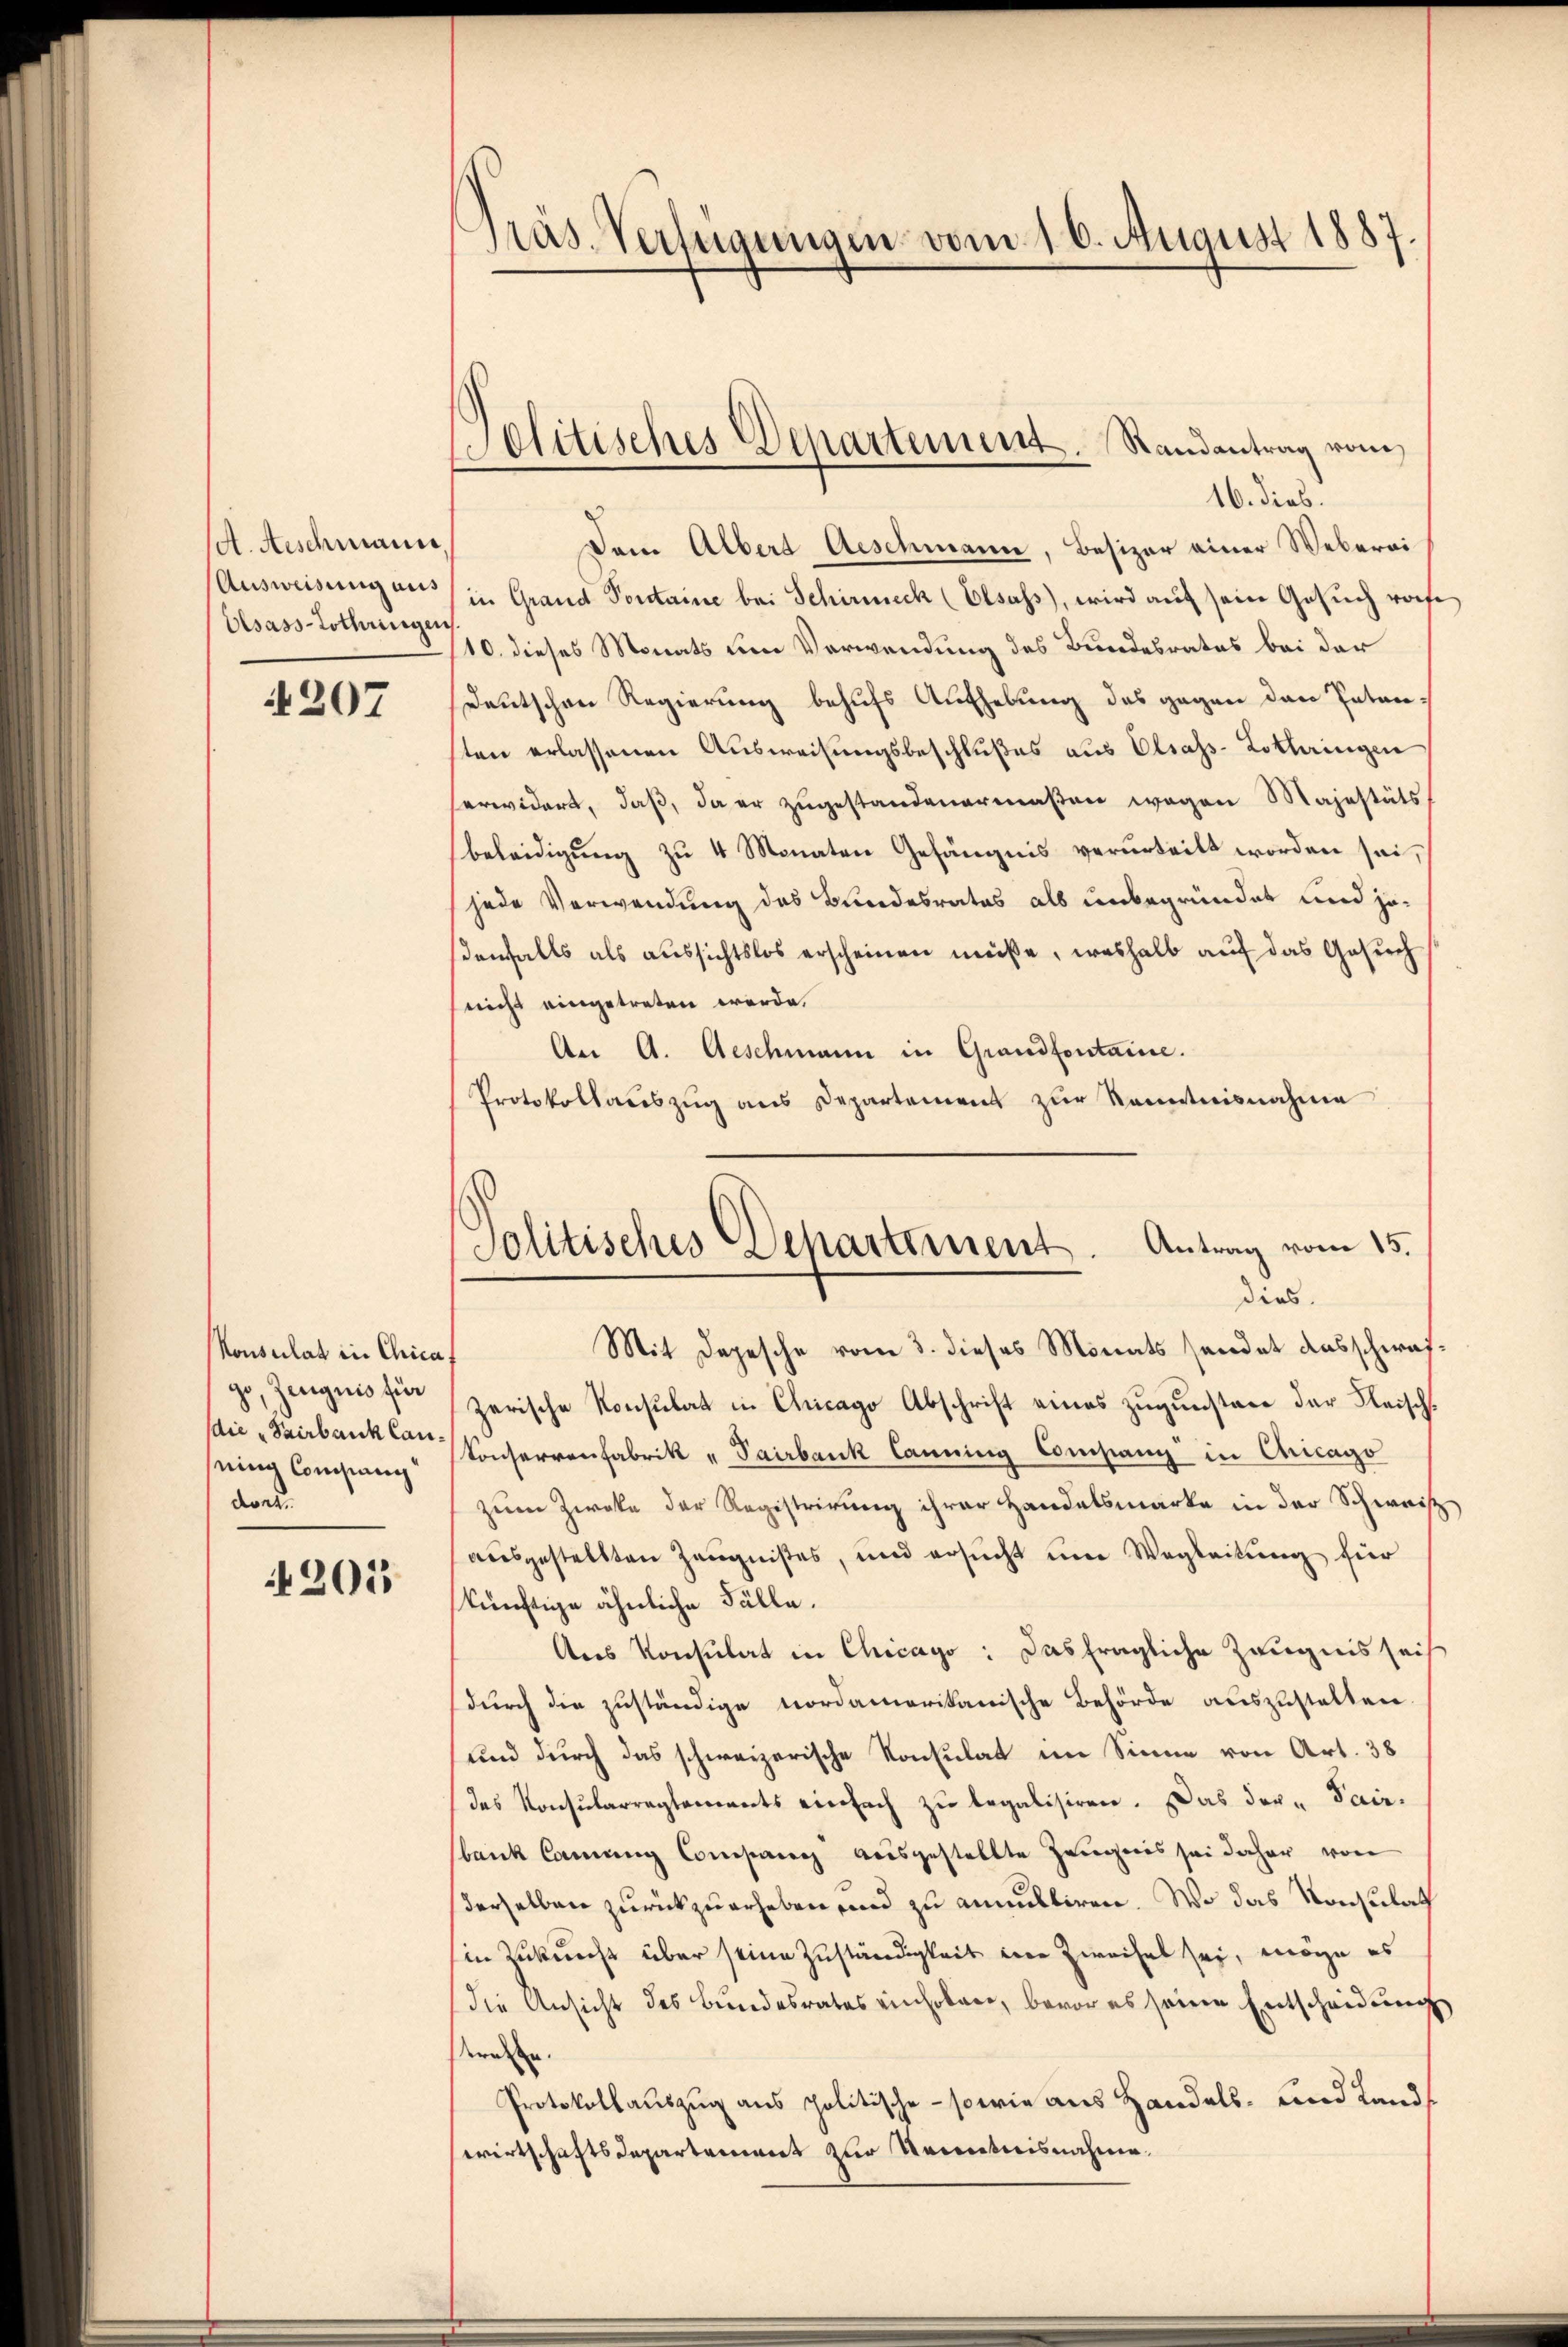
/d. Aeschmann,
Ausweisung aus
Elsass-Lothringen

207

Konsulat in Chica
go, Zeugnis für
die „Sairbank laueine Compang
deans

201

Präs. Verfügungen vom 16. August 1887.

Oitisches Departement. Randantrag vom

16. dies
Dem Albert Aeschmann, Besizer einer Weberei
in Grand Pontaine bei Schirmeck (Elsass, wird auf sein Gesuch rohe
10. dieses Monats um Verwendung des Bundesrates bei der
Deutschen Regierung behufs Aufhebung des gegen den Patenten erlassenen Ausweisungsbeschlußes aus Elsass-Lothringen
erwidert, daß, da er zugestandenermaßen wegen Majestäts
beleidigung zu 4 Monaten Gefängnis verurteilt worden sei,
jede Verwendung des Bundesrates als unbegründet und jedenfalls als aussichtslos erscheinen müsse, weshalb auf das Gesuch
nicht eingetreten werde.
An A. Geschmann in Grandfontaine.
Protokollaŭszŭg ans Departement zŭr Kenntnisnahme
Mit Depesche vom 3. dieses Monats sendet ausschwaf-
zerische Konsulat in Chicago Abschrift eines zugunstere der Fleisch¬
Konserrenfabrik „Pairbank Canning Company in Chicago
zum Zweke der Registrirung ihrer Handelsmarke in der Schweis
aŭsgestellten Zeŭgnißes, und ersŭcht ŭm Wegleitŭng für
künftige ähnliche Fälle.
Ans Konsulat in Chicago: Das fragliche Zeugnis seit
durch die zuständige nordamerikanische Behörde auszustatten.
und durch das schweizerische Konsulat im Sinne von Art. 38
das Konsularregtements einfach zu legalisiren. Das der-Pairbank Commung Company ausgestellte Zeugnis sei daher von
derselben zurückzuerheben und zu annulliren. Wo das Konsulat
in Zukunft über seine Zuständigkeit eine Zweifel sei, möge es
die Ansicht des Bundesrates einholen, bevor es seine Entscheidŭng
eraden.
Protokollauszug aus politische - sowie aus Handels- und Landwirtschaftsdepartement zur Kenntnisnahme.

Jolitisches Dehartement. Antrag vom 15.
dies.